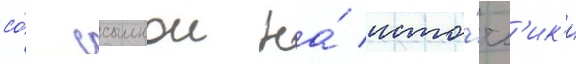
со́ ссылкои на́ исто́чн'ик'и